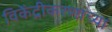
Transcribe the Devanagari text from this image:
विकेंद्रीकरणाच्या